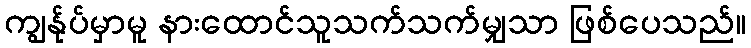
ကျွန်ုပ်မှာမူ နားထောင်သူသက်သက်မျှသာ ဖြစ်ပေသည်။